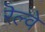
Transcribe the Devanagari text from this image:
रॆल्वे